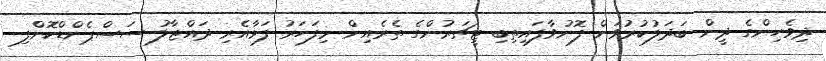
ދިވެހިންގެ ދީން ބަދަލުކުރުވަން ފޮނުވާފައިތިބި ޓީޗަރުންގެ ތެރެއިން މިފަހަރު ފަޅާއެރި ދައްޖާލު ސަސްޕެންޑްކޮށްފި